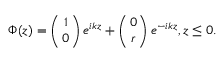
\Phi ( z ) = \left( { 1 \atop 0 } \right) e ^ { i k z } + \left( { 0 \atop r } \right) e ^ { - i k z } , z \leq 0 .